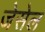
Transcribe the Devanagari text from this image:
जेसेल